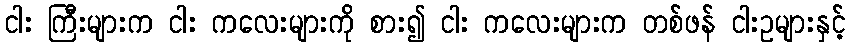
ငါး ကြီးများက ငါး ကလေးများကို စား၍ ငါး ကလေးများက တစ်ဖန် ငါးဥများနှင့်